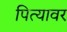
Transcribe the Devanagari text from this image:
पित्यावर